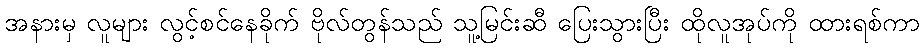
အနားမှ လူများ လွင့်စင်နေခိုက် ဗိုလ်တွန်သည် သူ့မြင်းဆီ ပြေးသွားပြီး ထိုလူအုပ်ကို ထားရစ်ကာ